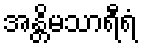
အန္တိမသာရီရံ